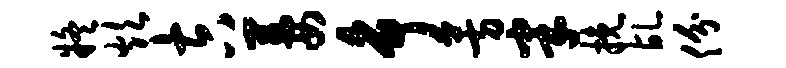
疑炊吉萋争芳半挽乩份